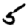
Digit: 5